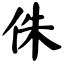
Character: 侏